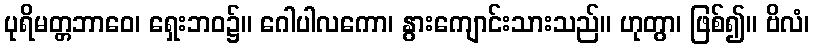
ပုရိမတ္တဘာဝေ၊ ရှေးဘဝ၌။ ဂေါပါလကော၊ နွားကျောင်းသားသည်။ ဟုတွာ၊ ဖြစ်၍။ ဗိလံ၊